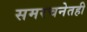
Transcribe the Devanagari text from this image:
समरचनेतही